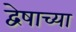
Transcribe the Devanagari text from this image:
द्वेषाच्या